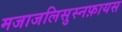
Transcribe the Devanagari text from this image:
मजाजलिसुस्नफ़ायस